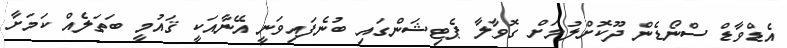
އެޑްވާޑް ސްނޯޑެން ދޫކޮށްލުމަށް ގޮވާލާ ޕެޓިޝަންގައި ބުނެފައިވަނީ އޭނާއަކީ ޤައުމީ ބަތަލެއް ކަމަށާ